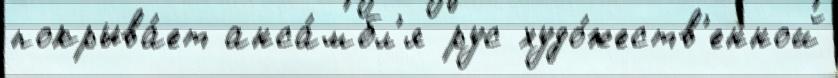
покрыва́ет анса́мбл'я рус худо́жеств'енной